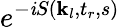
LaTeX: e^{-\mathit{i}S(\textbf{{k}}_{l},t_{r},s)}